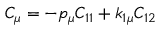
C _ { \mu } = - p _ { \mu } C _ { 1 1 } + k _ { 1 \mu } C _ { 1 2 }